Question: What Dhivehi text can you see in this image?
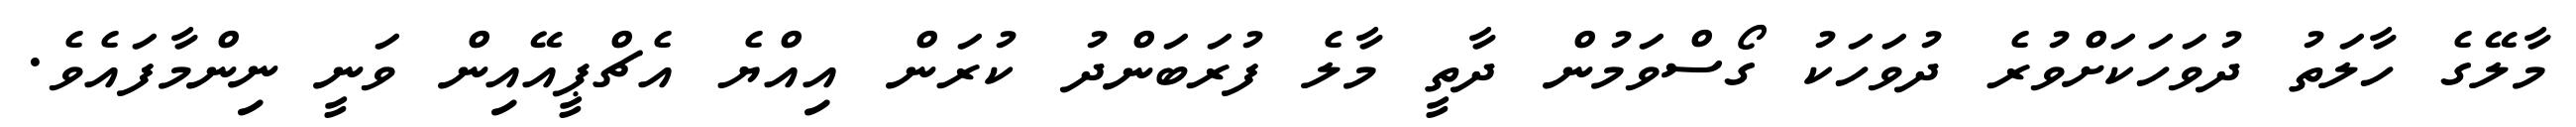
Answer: މާލޭގެ ހާލަތު ދުވަހަކަށްވުރެ ދުވަހަކު ގޯސްވަމުން ދާތީ މާލެ ފުރަބަންދު ކުރަން އިއްޔެ އެޗްޕީއޭއިން ވަނީ ނިންމާފައެވެ.